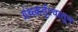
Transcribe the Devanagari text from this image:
ग्रंथकर्तृत्वातून